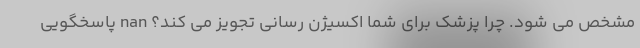
مشخص می شود. چرا پزشک برای شما اکسیژن رسانی تجویز می کند؟ nan پاسخگویی